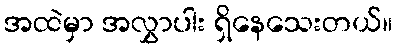
အထဲမှာ အလွှာပါး ရှိနေသေးတယ်။